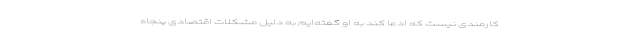
کارمندی نیست که ادعا کند به او گفته‌ایم به دلیل مشکلات اقتصادی پنجاه